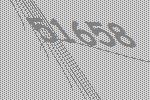
51658